system: You are a helpful assistant.
user:
Analyze the provided spectrum to determine if it is a **"Cataclysmic Variables (CV)"**.

- **Key Indicators for CV (Check for either state):**
    - **State 1: Quiescent / Low-State (Emission-Dominated)**
        - **(Primary):** Strong and *very broad* Hydrogen Balmer emission lines (e.g., $H\alpha$ at 6563 Å, $H\beta$ at 4861 Å). The 'broadness' (high velocity dispersion, often FWHM > 1000 km/s) is the key diagnostic, indicating a high-velocity accretion disk.
        - **(Secondary):** Broad neutral Helium (He I) emission lines (e.g., 5876 Å, 6678 Å).
        - **(Key Confirmation):** Presence of high-excitation *ionized* Helium (He II) emission at 4686 Å. This is a strong indicator of accretion onto a white dwarf.
        - **(Line Profile):** Emission lines may exhibit a 'double-peaked' profile, which is a classic signature of a rotating accretion disk viewed at high inclination.

    - **State 2: Outburst / High-State (Absorption-Dominated)**
        - **(Primary):** Spectrum is dominated by a bright, blue continuum (looks like a hot star).
        - **(Secondary):** The emission lines from State 1 are weak, absent, or 'filled in', and are replaced by broad, shallow *absorption* lines (primarily Balmer and He I).
        - **(Morphology):** The overall spectrum mimics a hot B/A-type star. The crucial difference is that the absorption lines are significantly broader, shallower, and more 'washed-out' (or 'smeared') than the sharp lines of a normal stellar photosphere, due to high rotational speeds and pressure broadening in the disk.

Think first, call **spectral_visualization_tool** if needed to examine features in detail, then provide your final answer. Your response must adhere to the following strict rules:
1.  **Overall Structure:** Your response must follow the format `<think>...</think> <tool_call>...</tool_call> (if a tool is used) <answer>...</answer>`.
2.  **Tool Usage Constraint:** You may only make **one** tool call per turn.
3.  **Final Answer Format:** In the `<answer>` tag, your conclusion must be inside a `\boxed{}` command (e.g., `\boxed{YES}`), followed by your justification.

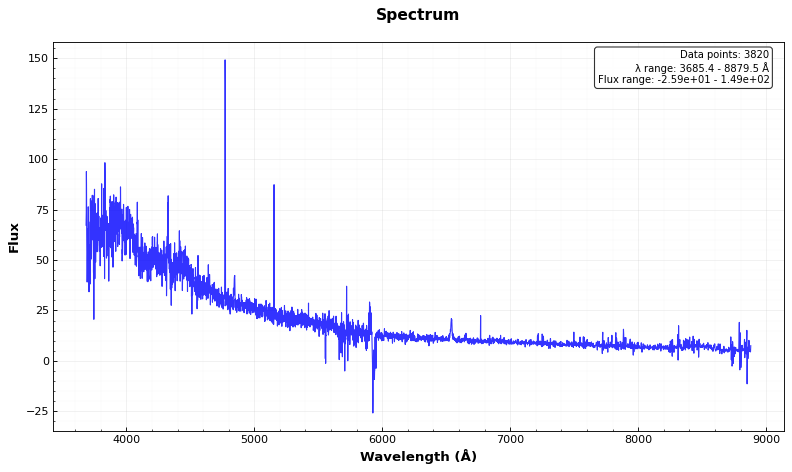
Answer: YES